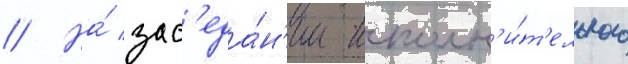
// На́ зас'еда́н'ии исполн'и́т'ельного